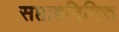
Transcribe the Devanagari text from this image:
सप्ताहनिमित्त